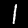
Label: 1